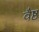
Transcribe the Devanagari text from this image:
वैष्ठ